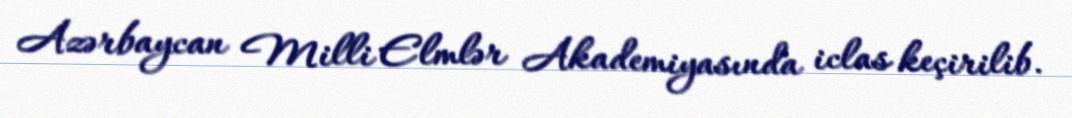
Azərbaycan Milli Elmlər Akademiyasında iclas keçirilib.